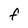
Character: F